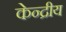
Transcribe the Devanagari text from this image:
केन्‍द्रीय